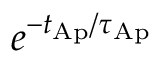
e ^ { - t _ { \mathrm { A p } } / \tau _ { \mathrm { A p } } }